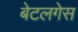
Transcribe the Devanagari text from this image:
बेटलगेस